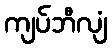
ကျပ်ဘီလျံ